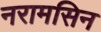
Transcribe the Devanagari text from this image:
नरामसिन